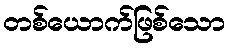
တစ်ယောက်ဖြစ်သော